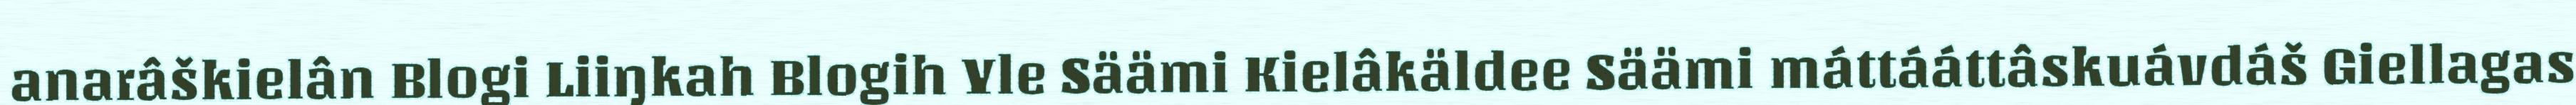
anarâškielân Blogi Liiŋkah Blogih Yle Säämi Kielâkäldee Säämi máttááttâskuávdáš Giellagas